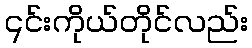
၎င်းကိုယ်တိုင်လည်း